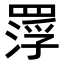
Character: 𮊑